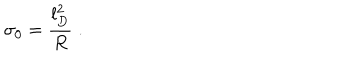
\sigma _ { 0 } = \frac { l _ { D } ^ { 2 } } { R } \; .